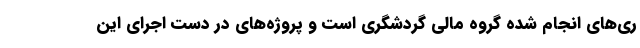
ری‌های انجام شده گروه مالی گردشگری است و پروژه‌های در دست اجرای این